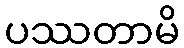
ပဿတာမိ